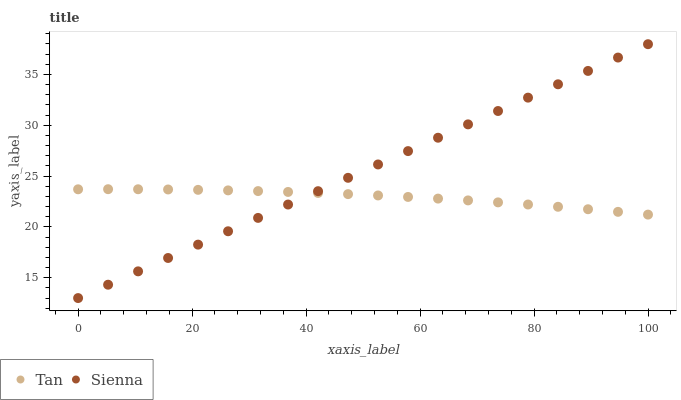
| xaxis_label | Tan | Sienna |
 | --- | --- | --- |
 | 0 | 23.7 | 13 |
 | 5.26 | 23.7 | 14.3 |
 | 10.5 | 23.7 | 15.6 |
 | 15.8 | 23.7 | 16.9 |
 | 21.1 | 23.6 | 18.3 |
 | 26.3 | 23.6 | 19.6 |
 | 31.6 | 23.5 | 20.9 |
 | 36.8 | 23.4 | 22.2 |
 | 42.1 | 23.3 | 23.5 |
 | 47.4 | 23.2 | 24.8 |
 | 52.6 | 23.1 | 26.1 |
 | 57.9 | 22.9 | 27.5 |
 | 63.2 | 22.8 | 28.8 |
 | 68.4 | 22.6 | 30.1 |
 | 73.7 | 22.4 | 31.4 |
 | 78.9 | 22.2 | 32.7 |
 | 84.2 | 22 | 34 |
 | 89.5 | 21.7 | 35.3 |
 | 94.7 | 21.5 | 36.7 |
 | 100 | 21.2 | 38 |